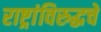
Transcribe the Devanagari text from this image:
राष्ट्रांविरुद्धचे